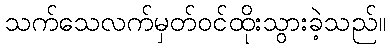
သက်သေလက်မှတ်ဝင်ထိုးသွားခဲ့သည်။